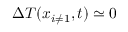
\Delta T ( x _ { i \neq 1 } , t ) \simeq 0